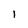
Character: 1